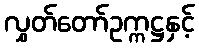
လွှတ်တော်ဥက္ကဋ္ဌနှင့်